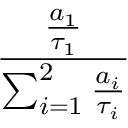
\frac { \frac { a _ { 1 } } { \tau _ { 1 } } } { \sum _ { i = 1 } ^ { 2 } \frac { a _ { i } } { \tau _ { i } } }